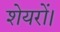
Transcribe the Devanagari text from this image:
शेयरों।